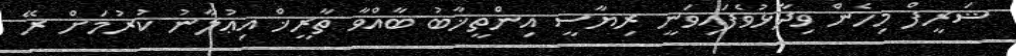
ޝަރީފް މިހެން ވިދާޅުވެފައިވަނީ ރިޔާސީ އިންތީޚާބު ބާއްވާ ތާރީޚް އިޢުލާނު ކުރުމަށް ރޭ